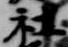
社